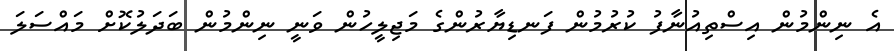
އެ ނިންމުން އިސްތިއުނާފު ކުރުމުން ފަނޑިޔާރުންގެ މަޖިލީހުން ވަނީ ނިންމުން ބަދަލުކޮށް މައްސަލަ